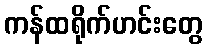
ကန်ထရိုက်ဟင်းတွေ